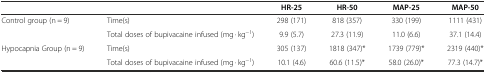
<table><thead><tr><td></td><td></td><td><b>HR-25</b></td><td><b>HR-50</b></td><td><b>MAP-25</b></td><td><b>MAP-50</b></td></tr></thead><tbody><tr><td>Control group (n = 9)</td><td>Time(s)</td><td>298 (171)</td><td>818 (357)</td><td>330 (199)</td><td>1111 (431)</td></tr><tr><td></td><td>Total doses of bupivacaine infused (mg · kg<sup>−1</sup>)</td><td>9.9 (5.7)</td><td>27.3 (11.9)</td><td>11.0 (6.6)</td><td>37.1 (14.4)</td></tr><tr><td>Hypocapnia Group (n = 9)</td><td>Time(s)</td><td>305 (137)</td><td>1818 (347)*</td><td>1739 (779)*</td><td>2319 (440)*</td></tr><tr><td></td><td>Total doses of bupivacaine infused (mg · kg<sup>−1</sup>)</td><td>10.1 (4.6)</td><td>60.6 (11.5)*</td><td>58.0 (26.0)*</td><td>77.3 (14.7)*</td></tr></tbody></table>